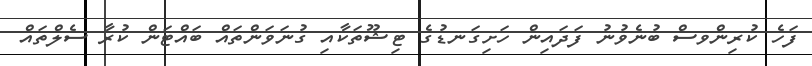
ފަހެ ކުރިންވސް ބުނެވުނު ފަދައިން ހަށިގަނޑުގެ ޓިޝޫތަކާއި ގުނަވަންތައް ބައްޓަން ކުރާ ސެލްތައް